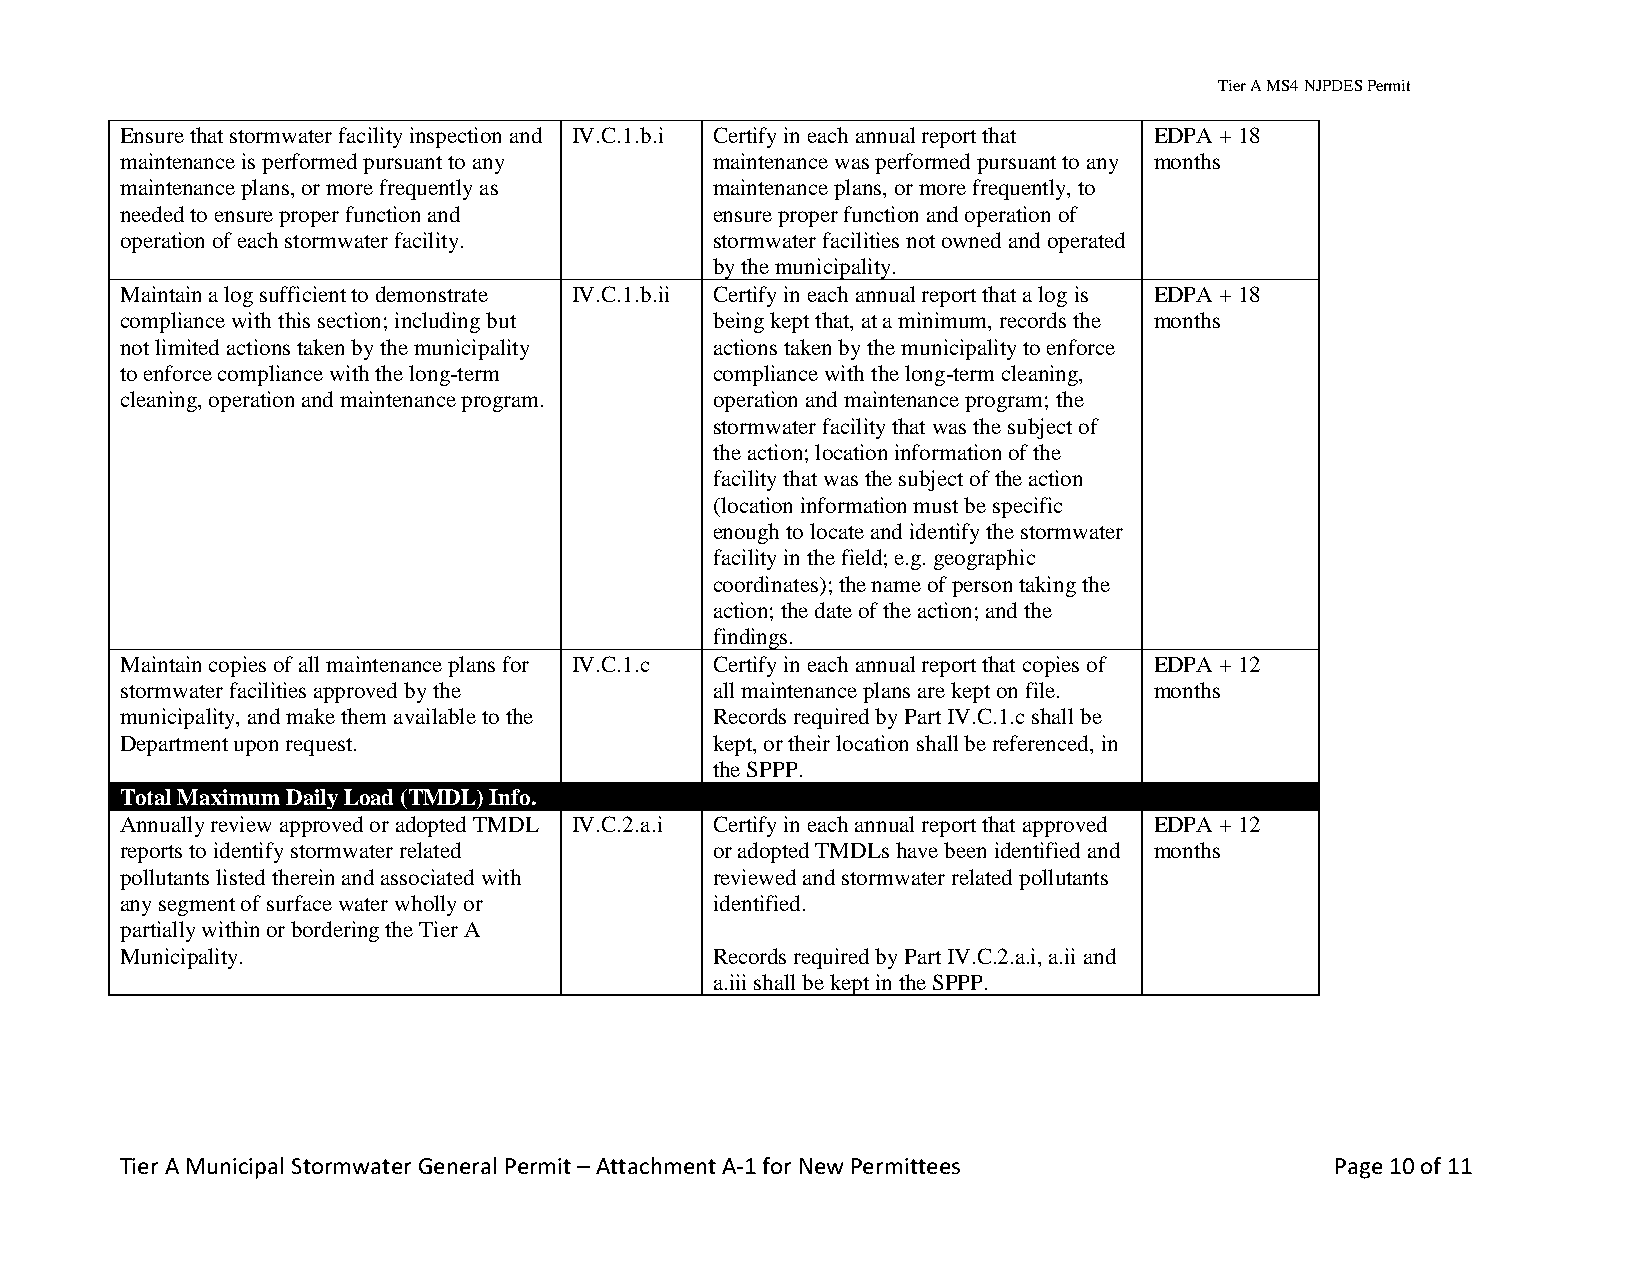
Tier A MS4 NJPDES Permit
 Ensure that stormwater facility inspection and IV.C.1.b.i Certify in each annual report that EDPA + 18
 maintenance is performed pursuant to any maintenance was performed pursuant to any months
 maintenance plans, or more frequently as maintenance plans, or more frequently, to
 needed to ensure proper function and   ensure proper function and operation of
 operation of each stormwater facility. stormwater facilities not owned and operated
 by the municipality.
 Maintain a log sufficient to demonstrate IV.C.1.b.ii Certify in each annual report that a log is EDPA + 18
 compliance with this section; including but being kept that, at a minimum, records the months
 not limited actions taken by the municipality actions taken by the municipality to enforce
 to enforce compliance with the long-term compliance with the long-term cleaning,
 cleaning, operation and maintenance program. operation and maintenance program; the
 stormwater facility that was the subject of
 the action; location information of the
 facility that was the subject of the action
 (location information must be specific
 enough to locate and identify the stormwater
 facility in the field; e.g. geographic
 coordinates); the name of person taking the
 action; the date of the action; and the
 findings.
 Maintain copies of all maintenance plans for IV.C.1.c Certify in each annual report that copies of EDPA + 12
 stormwater facilities approved by the  all maintenance plans are kept on file. months
 municipality, and make them available to the Records required by Part IV.C.1.c shall be
 Department upon request.               kept, or their location shall be referenced, in
 the SPPP.
 Total Maximum Daily Load (TMDL) Info.
 Annually review approved or adopted TMDL IV.C.2.a.i Certify in each annual report that approved EDPA + 12
 reports to identify stormwater related or adopted TMDLs have been identified and months
 pollutants listed therein and associated with reviewed and stormwater related pollutants
 any segment of surface water wholly or identified.
 partially within or bordering the Tier A
 Municipality.                          Records required by Part IV.C.2.a.i, a.ii and
 a.iii shall be kept in the SPPP.
 Tier A Municipal Stormwater General Permit – Attachment A-1 for New Permittees  Page 10 of 11